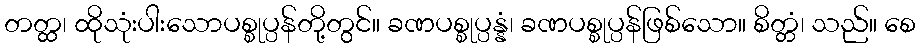
တတ္ထ၊ ထိုသုံးပါးသောပစ္စုပ္ပန်တို့တွင်။ ခဏပစ္စုပ္ပန္နံ၊ ခဏပစ္စုပ္ပန်ဖြစ်သော။ စိတ္တံ၊ သည်။ စေ